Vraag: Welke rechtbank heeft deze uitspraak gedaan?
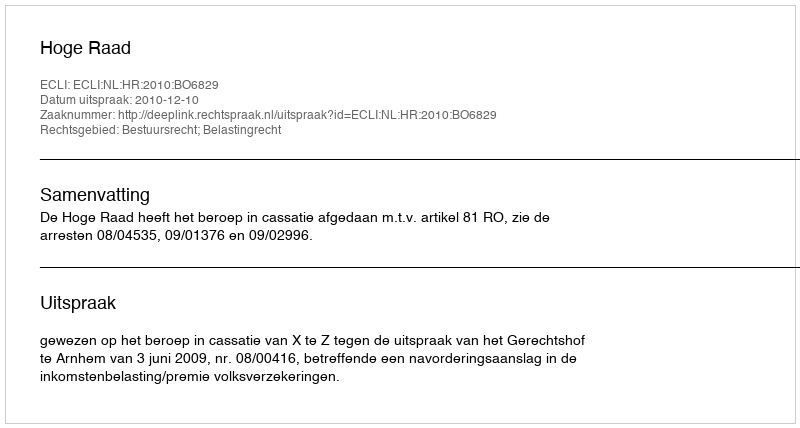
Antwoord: Hoge Raad